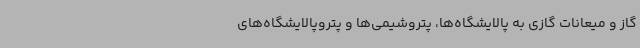
گاز و میعانات گازی به پالایشگاه‌ها، پتروشیمی‌ها و پتروپالایشگاه‌های